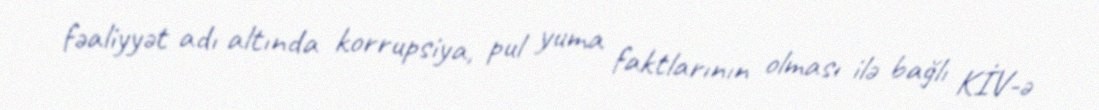
fəaliyyət adı altında korrupsiya, pul yuma faktlarının olması ilə bağlı KİV-ə